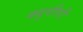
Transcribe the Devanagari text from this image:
क्यूवीसी